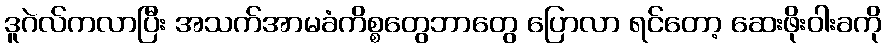
ဒူဂဲလ်ကလာပြီး အသက်အာမခံကိစ္စတွေဘာတွေ ပြောလာ ရင်တော့ ဆေးဖိုးဝါးခကို